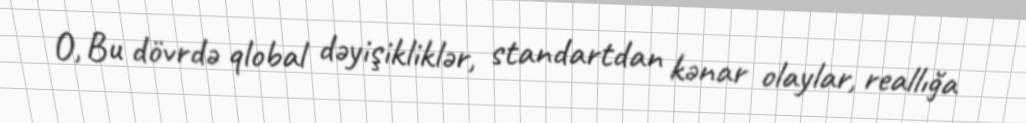
O, Bu dövrdə qlobal dəyişikliklər, standartdan kənar olaylar, reallığa